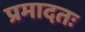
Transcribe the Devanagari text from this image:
प्रमादतः